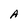
Character: A